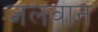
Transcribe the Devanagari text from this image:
जलवान